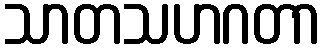
သာတသဟဂတာ